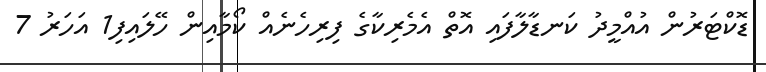
ޑޮކްޓަރުން އުއްމީދު ކަނޑާލާފައި އޮތް އެމެރިކާގެ ފިރިހެނެއް ކޯމާއިން ހޭލައިފި1 އަހަރު 7